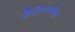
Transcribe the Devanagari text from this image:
लिहिण्यासोबत